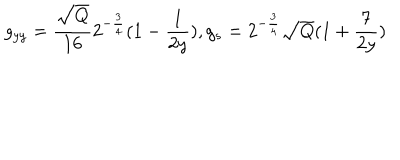
g _ { y y } = \frac { \sqrt { Q } } { 1 6 } 2 ^ { - \frac { 3 } { 4 } } ( 1 - \frac { 1 } { 2 y } ) , g _ { s } = 2 ^ { - \frac { 3 } { 4 } } \sqrt { Q } ( 1 + \frac { 7 } { 2 y } )